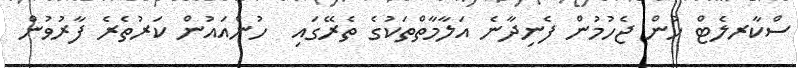
ސްކާރލެޓް ހުން ޖެހުމުން ފެނިދާނެ އަލާމާތްތަކުގެ ތެރޭގައި  ހުންއައުން ކަރުތެރެ ފާރުވުން